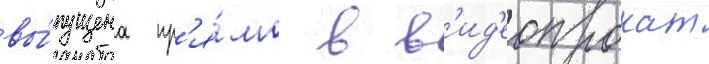
вы́пущена пр'я́мо в в'ид'еопрокат